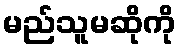
မည်သူမဆိုကို